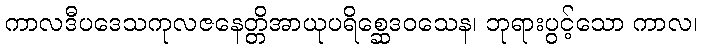
ကာလဒီပဒေသကုလဇနေတ္တိအာယုပရိစ္ဆေဒဝသေန၊ ဘုရားပွင့်သော ကာလ၊